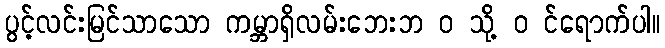
ပွင့်လင်းမြင်သာသော ကမ္ဘာရှိလမ်းဘေးဘ ၀ သို့ ၀ င်ရောက်ပါ။